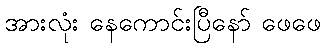
အားလုံး နေကောင်းပြီနော် ဖေဖေ